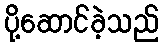
ပို့ဆောင်ခဲ့သည်